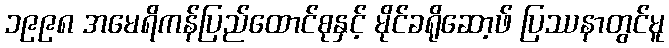
၁၉၉၈ အမေရိကန်ပြည်ထောင်စုနှင့် မိုင်ခရိုဆော့ဖ် ပြဿနာတွင်မူ